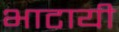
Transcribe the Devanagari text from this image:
भाटायी